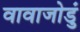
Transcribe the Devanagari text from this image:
वावाजोडुं